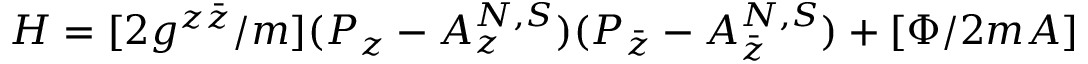
H = [ 2 g ^ { z \bar { z } } / m ] ( P _ { z } - A _ { z } ^ { N , S } ) ( P _ { \bar { z } } - A _ { \bar { z } } ^ { N , S } ) + [ \Phi / 2 m A ]